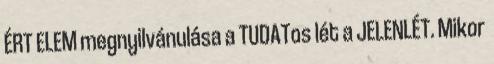
ÉRT ELEM megnyilvánulása a TUDATos lét a JELENLÉT. Mikor